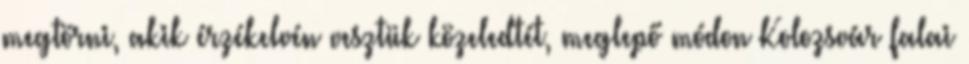
megtörni, akik érzékelvén vesztük közeledtét, meglepő módon Kolozsvár falai